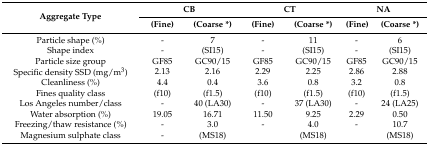
| <ROWSPAN=2> Aggregate Type | <COLSPAN=2> CB | <COLSPAN=2> CT | <COLSPAN=2> NA |
 | (Fine) | (Coarse *) | (Fine) | (Coarse *) | (Fine) | (Coarse *) |
 | --- | --- | --- | --- | --- | --- | --- |
 | Particle shape (%) | - | 7 | - | 11 | - | 6 |
 | Shape index | - | (SI15) | - | (SI15) | - | (SI15) |
 | Particle size group | GF85 | GC90/15 | GF85 | GC90/15 | GF85 | GC90/15 |
 | Specific density SSD (mg/m3) | 2.13 | 2.16 | 2.29 | 2.25 | 2.86 | 2.88 |
 | Cleanliness (%) | 4.4 | 0.4 | 3.6 | 0.8 | 3.2 | 0.8 |
 | Fines quality class | (f10) | (f1.5) | (f10) | (f1.5) | (f10) | (f1.5) |
 | Los Angeles number/class | - | 40 (LA30) | - | 37 (LA30) | - | 24 (LA25) |
 | Water absorption (%) | 19.05 | 16.71 | 11.50 | 9.25 | 2.29 | 0.50 |
 | Freezing/thaw resistance (%) | - | 3.0 | - | 4.0 | - | 10.7 |
 | Magnesium sulphate class | - | (MS18) |  | (MS18) |  | (MS18) |